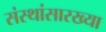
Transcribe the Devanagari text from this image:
संस्थांसारख्या